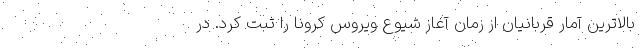
بالاترین آمار قربانیان از زمان آغاز شیوع ویروس کرونا را ثبت کرد. در